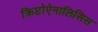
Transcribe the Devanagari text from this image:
क्रिप्टोऐनालिसिस